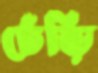
ঢেঁড়ি